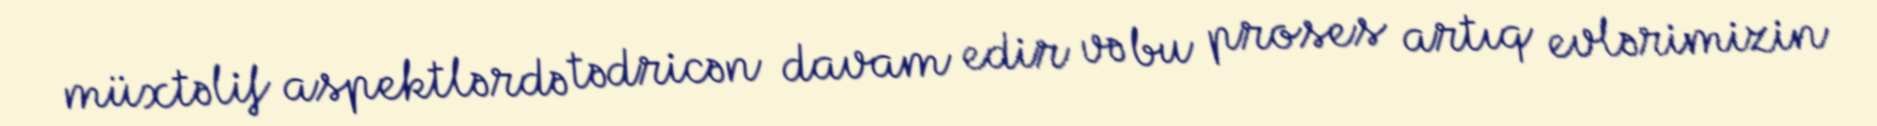
müxtəlif aspektlərdə tədricən davam edir və bu proses artıq evlərimizin